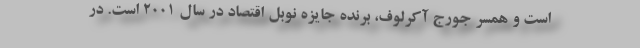
است و همسر جورج آکرلوف، برنده جایزه نوبل اقتصاد در سال ۲۰۰۱ است. در